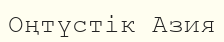
Оңтүстік Азия